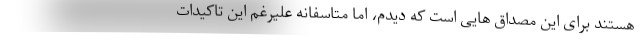
هستند برای این مصداق هایی است که دیدم، اما متاسفانه علیرغم این تاکیدات